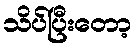
သိပ်ပြီးတော့